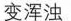
变浑浊